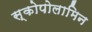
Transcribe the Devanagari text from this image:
स्कोपोलामिन